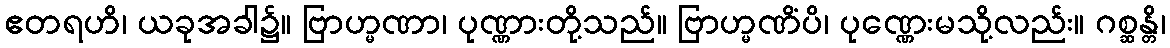
ဧတရဟိ၊ ယခုအခါ၌။ ဗြာဟ္မဏာ၊ ပုဏ္ဏားတို့သည်။ ဗြာဟ္မဏိံပိ၊ ပုဏ္ဏေးမသို့လည်း။ ဂစ္ဆန္တိ၊